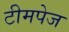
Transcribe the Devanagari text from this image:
टीमपेज